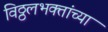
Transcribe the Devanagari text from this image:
विठ्ठलभक्तांच्या